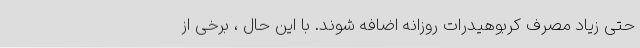
حتی زیاد مصرف کربوهیدرات روزانه اضافه شوند. با این حال ، برخی از